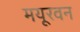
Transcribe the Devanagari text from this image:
मयूरवन